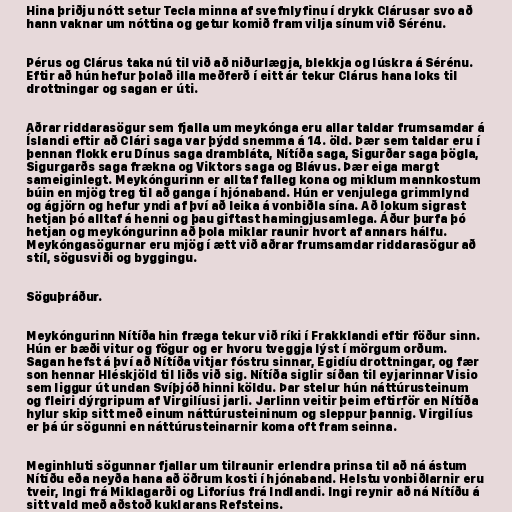
Hina þriðju nótt setur Tecla minna af svefnlyfinu í drykk Clárusar svo að
hann vaknar um nóttina og getur komið fram vilja sínum við Sérénu.

Pérus og Clárus taka nú til við að niðurlægja, blekkja og lúskra á Sérénu.
Eftir að hún hefur þolað illa meðferð í eitt ár tekur Clárus hana loks til
drottningar og sagan er úti.

Aðrar riddarasögur sem fjalla um meykónga eru allar taldar frumsamdar á
Íslandi eftir að Clári saga var þýdd snemma á 14. öld. Þær sem taldar eru í
þennan flokk eru Dínus saga drambláta, Nítíða saga, Sigurðar saga þögla,
Sigurgarðs saga frækna og Viktors saga og Blávus. Þær eiga margt
sameiginlegt. Meykóngurinn er alltaf falleg kona og miklum mannkostum
búin en mjög treg til að ganga í hjónaband. Hún er venjulega grimmlynd
og ágjörn og hefur yndi af því að leika á vonbiðla sína. Að lokum sigrast
hetjan þó alltaf á henni og þau giftast hamingjusamlega. Áður þurfa þó
hetjan og meykóngurinn að þola miklar raunir hvort af annars hálfu.
Meykóngasögurnar eru mjög í ætt við aðrar frumsamdar riddarasögur að
stíl, sögusviði og byggingu.

Söguþráður.

Meykóngurinn Nítíða hin fræga tekur við ríki í Frakklandi eftir föður sinn.
Hún er bæði vitur og fögur og er hvoru tveggja lýst í mörgum orðum.
Sagan hefst á því að Nítíða vitjar fóstru sinnar, Egidíu drottningar, og fær
son hennar Hléskjöld til liðs við sig. Nítíða siglir síðan til eyjarinnar Visio
sem liggur út undan Svíþjóð hinni köldu. Þar stelur hún náttúrusteinum
og fleiri dýrgripum af Virgilíusi jarli. Jarlinn veitir þeim eftirför en Nítíða
hylur skip sitt með einum náttúrusteininum og sleppur þannig. Virgilíus
er þá úr sögunni en náttúrusteinarnir koma oft fram seinna.

Meginhluti sögunnar fjallar um tilraunir erlendra prinsa til að ná ástum
Nítíðu eða neyða hana að öðrum kosti í hjónaband. Helstu vonbiðlarnir eru
tveir, Ingi frá Miklagarði og Liforíus frá Indlandi. Ingi reynir að ná Nítíðu á
sitt vald með aðstoð kuklarans Refsteins.